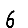
Digit: 6